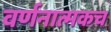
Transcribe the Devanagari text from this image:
वर्णनात्मकच